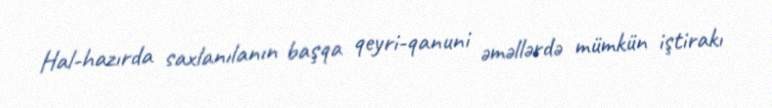
Hal-hazırda saxlanılanın başqa qeyri-qanuni əməllərdə mümkün iştirakı